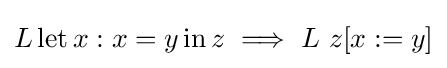
L\operatorname {let} x:x=y\operatorname {in} z\implies L\ z[x:=y]